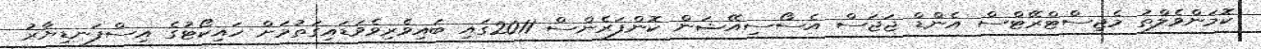
ކޮމަންވެލްތު މެޖިސްޓްރޭޓްސް އެންޑް ޖަޖަސް އެސޯސިއޭޝަން ކޮންފަރެންސް 2011ގައި ބައިވެރިވެވަޑައިގަތުމަށް ހައިކޯޓުގެ އިސްފަނޑިޔާރު